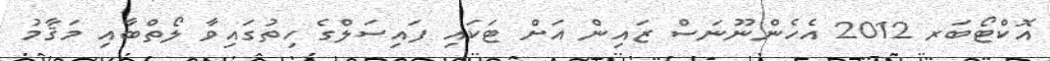
އޮކްޓޯބަރ 2012 އެހެންނޫނަސް ޒައިން އަށް ޓަކައި ފައިސަލްގެ ހިތުގައިވާ ލޯތްބާއި މަޤާމު